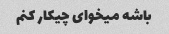
باشه میخوای چیکار کنم